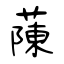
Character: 蔯